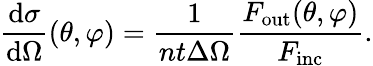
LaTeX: {\frac{\mathrm{d}\sigma}{\mathrm{d}\Omega}}(\theta,\varphi)={\frac{1}{nt\Delta\Omega}}{\frac{F_{\mathrm{out}}(\theta,\varphi)}{F_{\mathrm{inc}}}}.